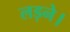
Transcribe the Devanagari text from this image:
लड़ने।